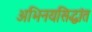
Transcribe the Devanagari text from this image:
अभिनयसिद्धांत